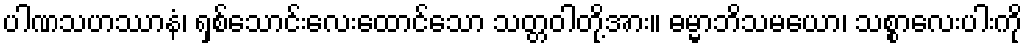
ပါဏသဟဿာနံ၊ ရှစ်သောင်းလေးထောင်သော သတ္တဝါတို့အား။ ဓမ္မာဘိသမယော၊ သစ္စာလေးပါးကို